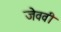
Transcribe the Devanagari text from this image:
जेववी